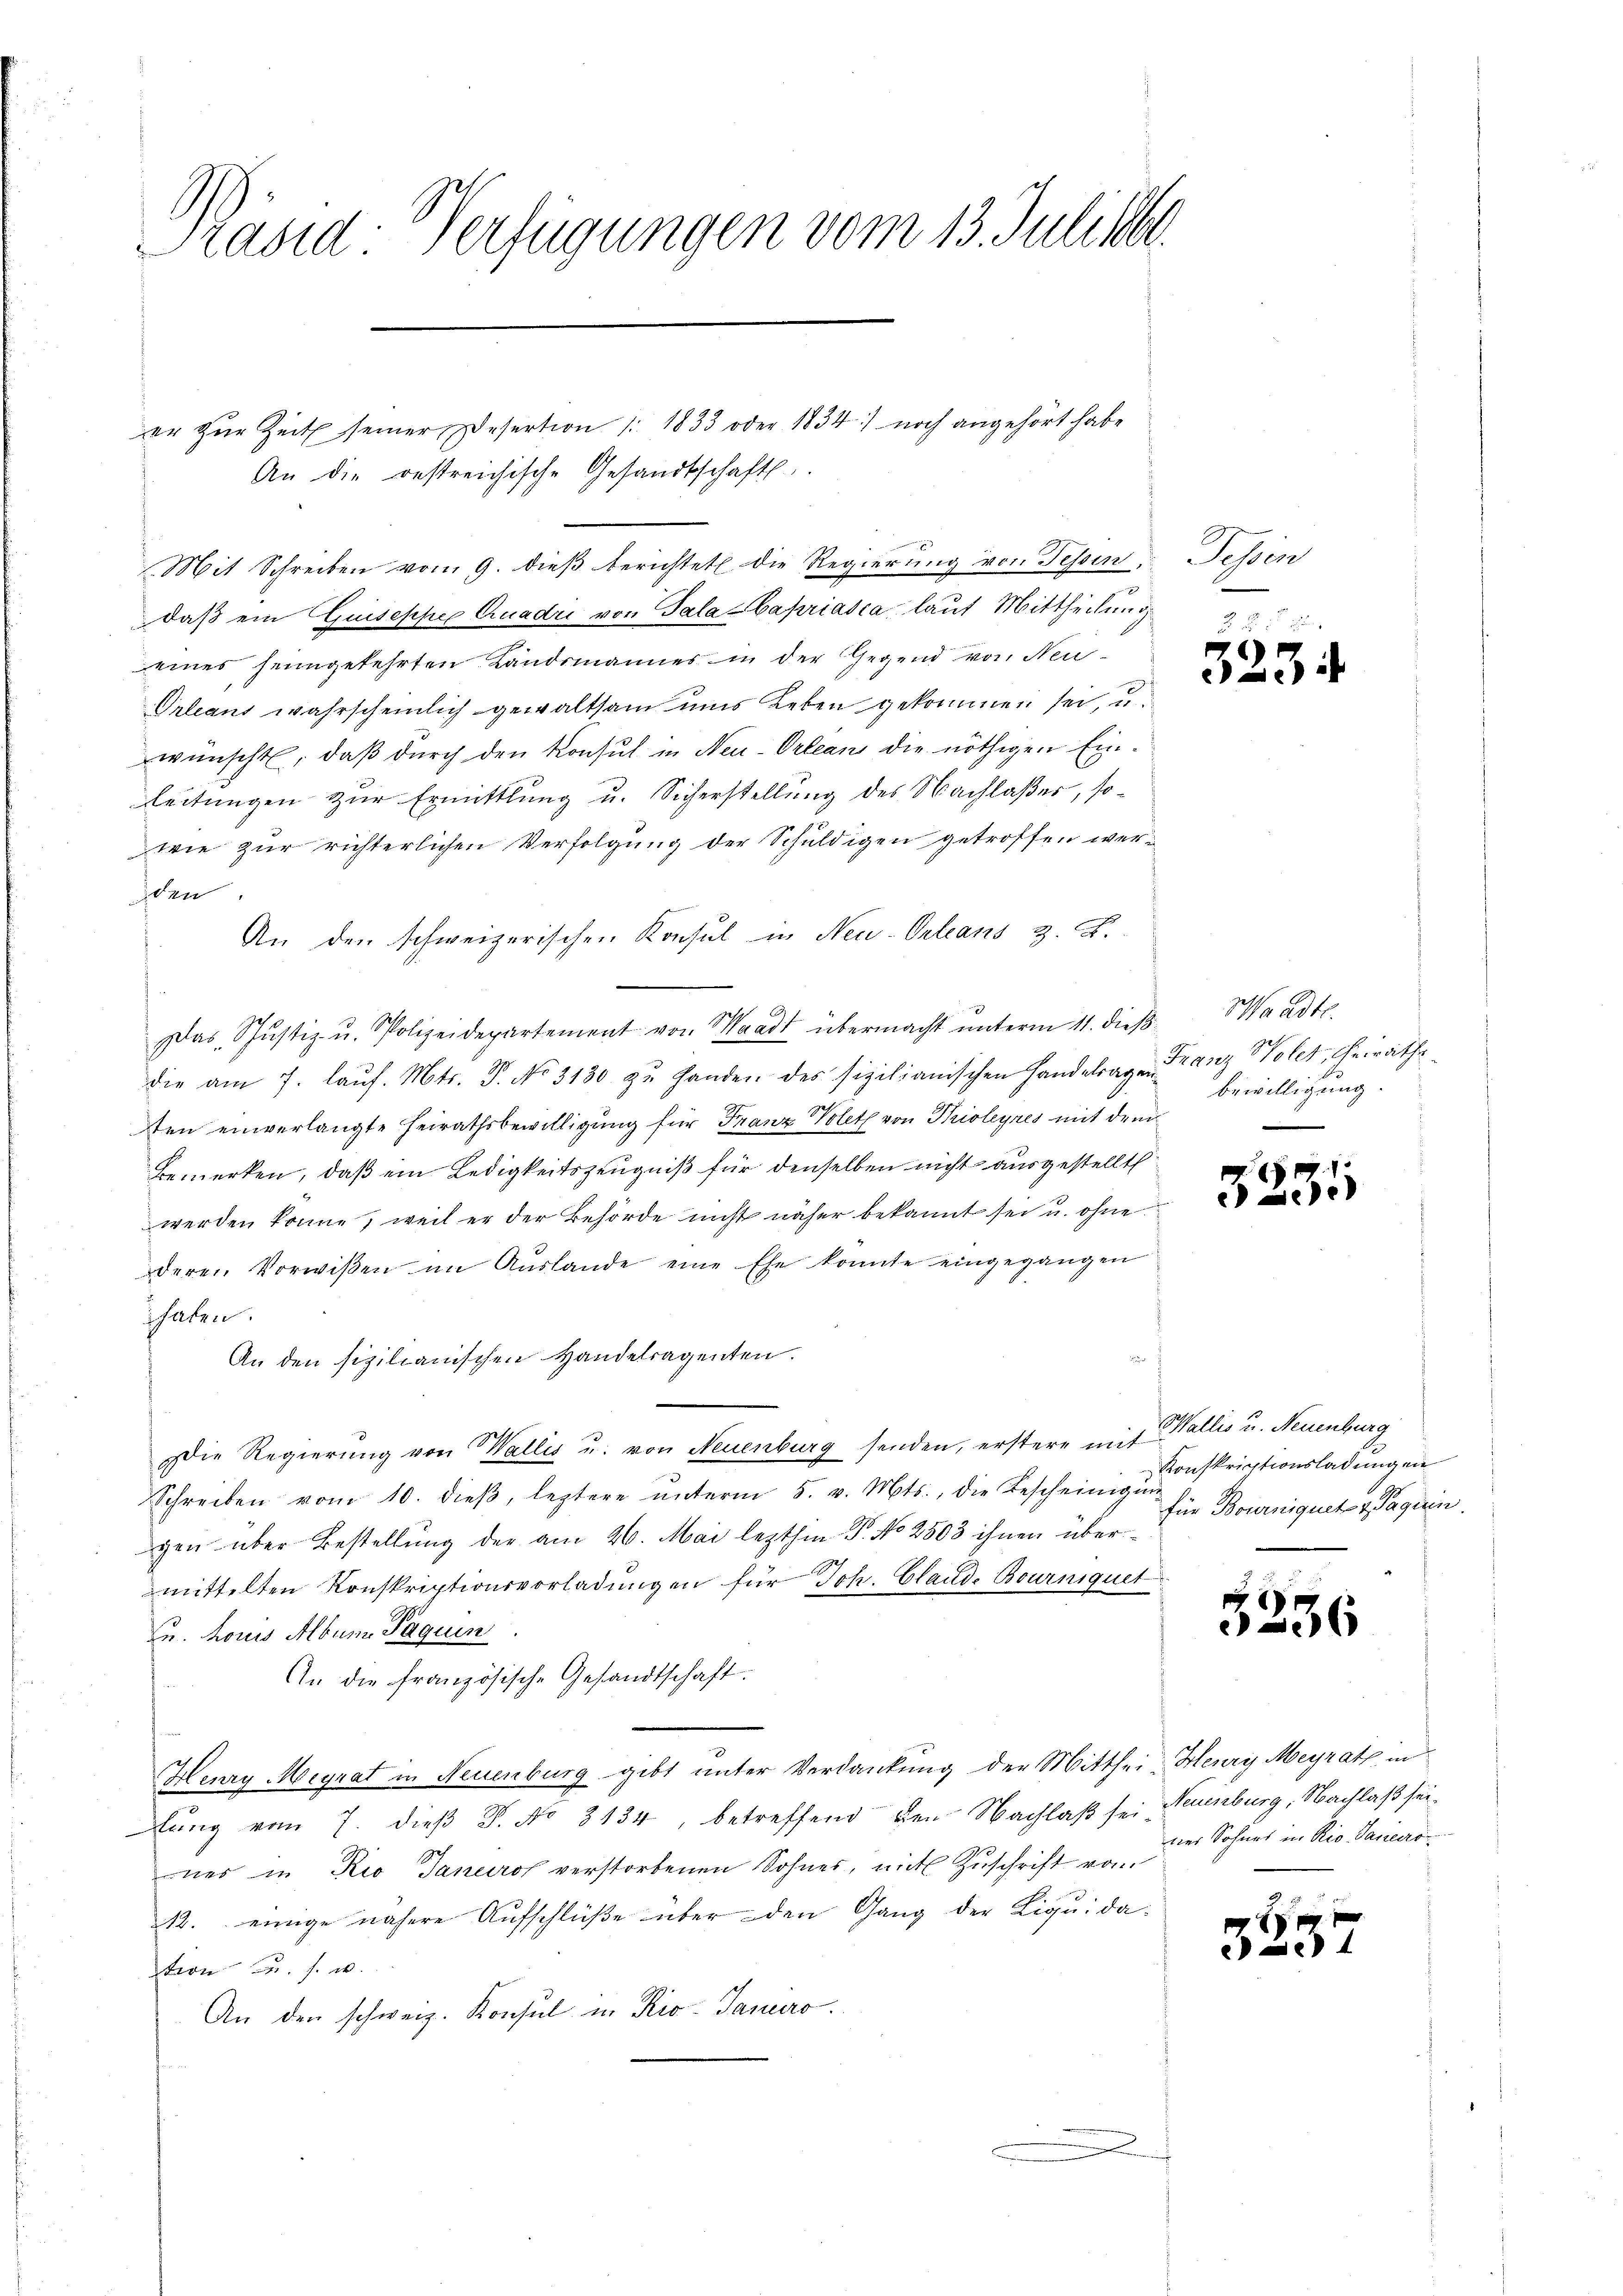
Päsia-Verfügungen vom 13. Juli be

An die bestreichische Gesandtschaft.
Deines heimgekehrten Landsmannes in der Gegend von Neu¬
Orleans wahrscheinlich gewaltsam uns Leben gekommen sei, u.
wünscht, daß durch den Konsul in Neu-Orlean die nöthigen Einleitungen zur Ermittlung u. Sicherstellung des Nachlaßes, sowie zur richterlichen Verfolgung der Schuldigen getroffen werden
 An den schweizerischen Konsul in Neu-Orleans z. B.
Das Schŭstiz- u. Polizeidepartement von Waadt übermacht ŭnterm 11. dieβ Waadt.
die am 7. laŭf. Mts. P. No 3130 zŭ Handen des sizilianischen Handelrage Franz Wolet, Heirathe
ten einverlangte Heirathsbewilligung für Franz Volet von Krioleyres mit drei
Bemerken, daß ein Ledigkeitszeugniß für denselben nicht ausgestellt
werden könne, weil er der Behörde nicht näher bekannt sei u. ohne
deren Vorwißen im Auslande eine Ehe konnte eingegangen
haben.
An den sizilianischen Handelragenten.
Die Regierung von Wallis u. von Neuenburg senden, erstere mit Wallis u. Neuenburg
Schreiben vom 10. dieβ, leztere ŭnterm 5. v. Mts., die Bescheinigŭng
gen über Bestellung der am 26. Mai lezthin P. No 2503 ihnen übermittelten Konskriptionsvorladungen für Joh. Glande Bourniquet
u. hons Album Paquin
An die französisch-Gesandtschaft.
Henry Megrat in Neuenburg gibt unter Verdankung der Mitthei Henry Meyrath in
lung vom 7. dieß P. No 3134, betreffend den Nachlaß sei, Naumburg, Nachlaß seimes in Rio Januros verstorbenen Sohnes, mit Zuschrift vom
12. einige nähere Aufschlüße über den Gang der Liquidateon u. s. w.
An den schweiz. Konsul in Rio-Janaro.

er zŭr Zeit seiner Desertion (: 1833 oder 1834) noch angehört habe
Mit Schreiben vom 9. dieβ berichtet die Regierung von Tessin,
daß ein Guiseppe Quadrii von Gala Capriasca, laut Mittheilung

Schen

5234

bewilligung.

3.

Konskriptionsladung ein
für Bourniquet u. Pagerin.

3256

3.

135

53

iner Sohnes in Rio. Janeiro